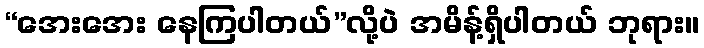
“အေးအေး နေကြပါတယ်”လို့ပဲ အမိန့်ရှိပါတယ် ဘုရား။